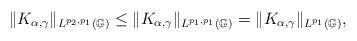
LaTeX: \begin{align*}\|K_{\alpha,\gamma}\|_{L^{p_{2},p_{1}}(\mathbb{G})}\leq\|K_{\alpha,\gamma}\|_{L^{p_{1},p_{1}}(\mathbb{G})}=\|K_{\alpha,\gamma}\|_{L^{p_{1}}(\mathbb{G})},\end{align*}